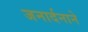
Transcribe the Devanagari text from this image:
जनार्दनाने